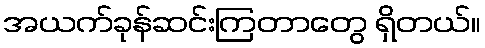
အယက်ခုန်ဆင်းကြတာတွေ ရှိတယ်။